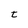
Character: t